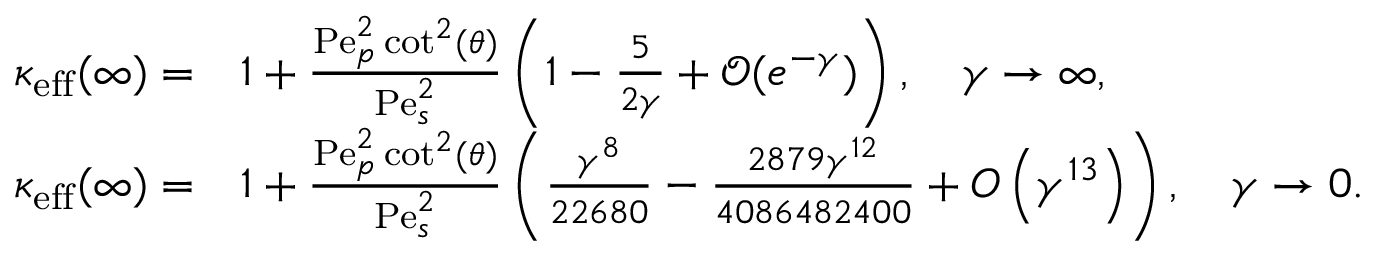
\begin{array} { r l } { \kappa _ { \mathrm { e f f } } ( \infty ) = } & { 1 + \frac { \mathrm { P e } _ { p } ^ { 2 } \cot ^ { 2 } ( \theta ) } { \mathrm { P e } _ { s } ^ { 2 } } \left( 1 - \frac { 5 } { 2 \gamma } + \mathcal { O } ( e ^ { - \gamma } ) \right) , \quad \gamma \rightarrow \infty , } \\ { \kappa _ { \mathrm { e f f } } ( \infty ) = } & { 1 + \frac { \mathrm { P e } _ { p } ^ { 2 } \cot ^ { 2 } ( \theta ) } { \mathrm { P e } _ { s } ^ { 2 } } \left( \frac { \gamma ^ { 8 } } { 2 2 6 8 0 } - \frac { 2 8 7 9 \gamma ^ { 1 2 } } { 4 0 8 6 4 8 2 4 0 0 } + O \left( \gamma ^ { 1 3 } \right) \right) , \quad \gamma \rightarrow 0 . } \end{array}